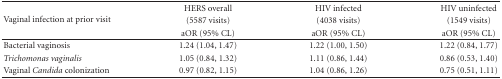
<table><thead><tr><td rowspan="3"><b>Vaginal infection at prior visit</b></td><td><b>HERS overall</b></td><td><b>HIV infected</b></td><td><b>HIV uninfected</b></td></tr><tr><td><b>(5587 visits)</b></td><td><b>(4038 visits)</b></td><td><b>(1549 visits)</b></td></tr><tr><td><b>aOR (95% CL)</b></td><td><b>aOR (95% CL)</b></td><td><b>aOR (95% CL) </b></td></tr></thead><tbody><tr><td>Bacterial vaginosis</td><td>1.24 (1.04, 1.47)</td><td>1.22 (1.00, 1.50)</td><td>1.22 (0.84, 1.77)</td></tr><tr><td><i>Trichomonas vaginalis</i></td><td>1.05 (0.84, 1.32)</td><td>1.11 (0.86, 1.44)</td><td>0.86 (0.53, 1.40)</td></tr><tr><td>Vaginal <i>Candida</i> colonization</td><td>0.97 (0.82, 1.15)</td><td>1.04 (0.86, 1.26)</td><td>0.75 (0.51, 1.11)</td></tr></tbody></table>